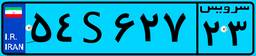
۵۴S۶۲۷۲۳